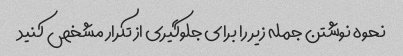
نحوه نوشتن جمله زیر را برای جلوگیری از تکرار مشخص کنید